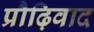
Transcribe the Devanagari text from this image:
प्रौढ़िवाद